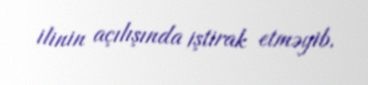
ilinin açılışında iştirak etməyib.